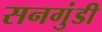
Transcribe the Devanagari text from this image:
सनगुंडी